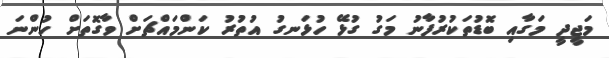
މަޖީދީ މަގާއި ބޮޑުތަކުރުފާނު މަގު ގުޅޭ ހުޅަނގު އުތުރު ކަންމައްޗަށް ވާގޮތަށް ހުންނަ